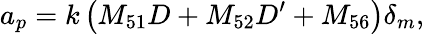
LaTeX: a_{p}=k\left(M_{51}D+M_{52}D^{\prime}+M_{56}\right)\delta_{m},